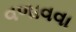
વળાવવા